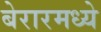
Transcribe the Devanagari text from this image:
बेरारमध्ये